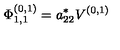
\Phi _ { 1 , 1 } ^ { ( 0 , 1 ) } = a _ { 2 2 } ^ { * } V ^ { ( 0 , 1 ) }